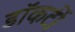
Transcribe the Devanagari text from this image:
डॉकर्टी